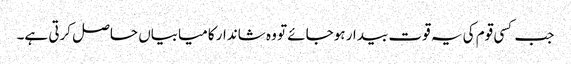
جب کسی قوم کی یہ قوت بیدار ہوجائے تو وہ شاندار کامیابیاں حاصل کرتی ہے۔